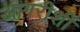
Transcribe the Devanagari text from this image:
आगरीशीं